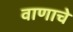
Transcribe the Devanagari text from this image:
वाणाचे